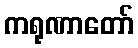
ကရုဏာတော်